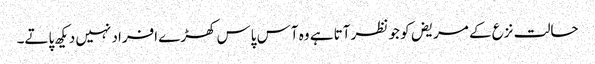
حالت نزع کے مریض کو جو نظر آتا ہے وہ آس پاس کھڑے افراد نہیں دیکھ پاتے۔